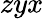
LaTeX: zyx